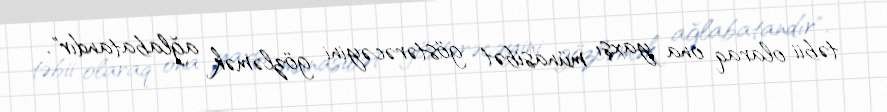
təbii olaraq ona yaxşı münasibət göstərəcəyini gözləmək ağlabatandır".